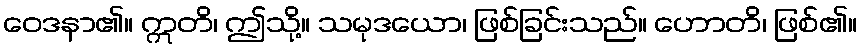
ဝေဒနာ၏။ ဣတိ၊ ဤသို့။ သမုဒယော၊ ဖြစ်ခြင်းသည်။ ဟောတိ၊ ဖြစ်၏။